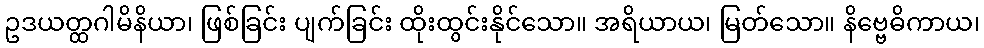
ဥဒယတ္ထဂါမိနိယာ၊ ဖြစ်ခြင်း ပျက်ခြင်း ထိုးထွင်းနိုင်သော။ အရိယာယ၊ မြတ်သော။ နိဗ္ဗေဓိကာယ၊